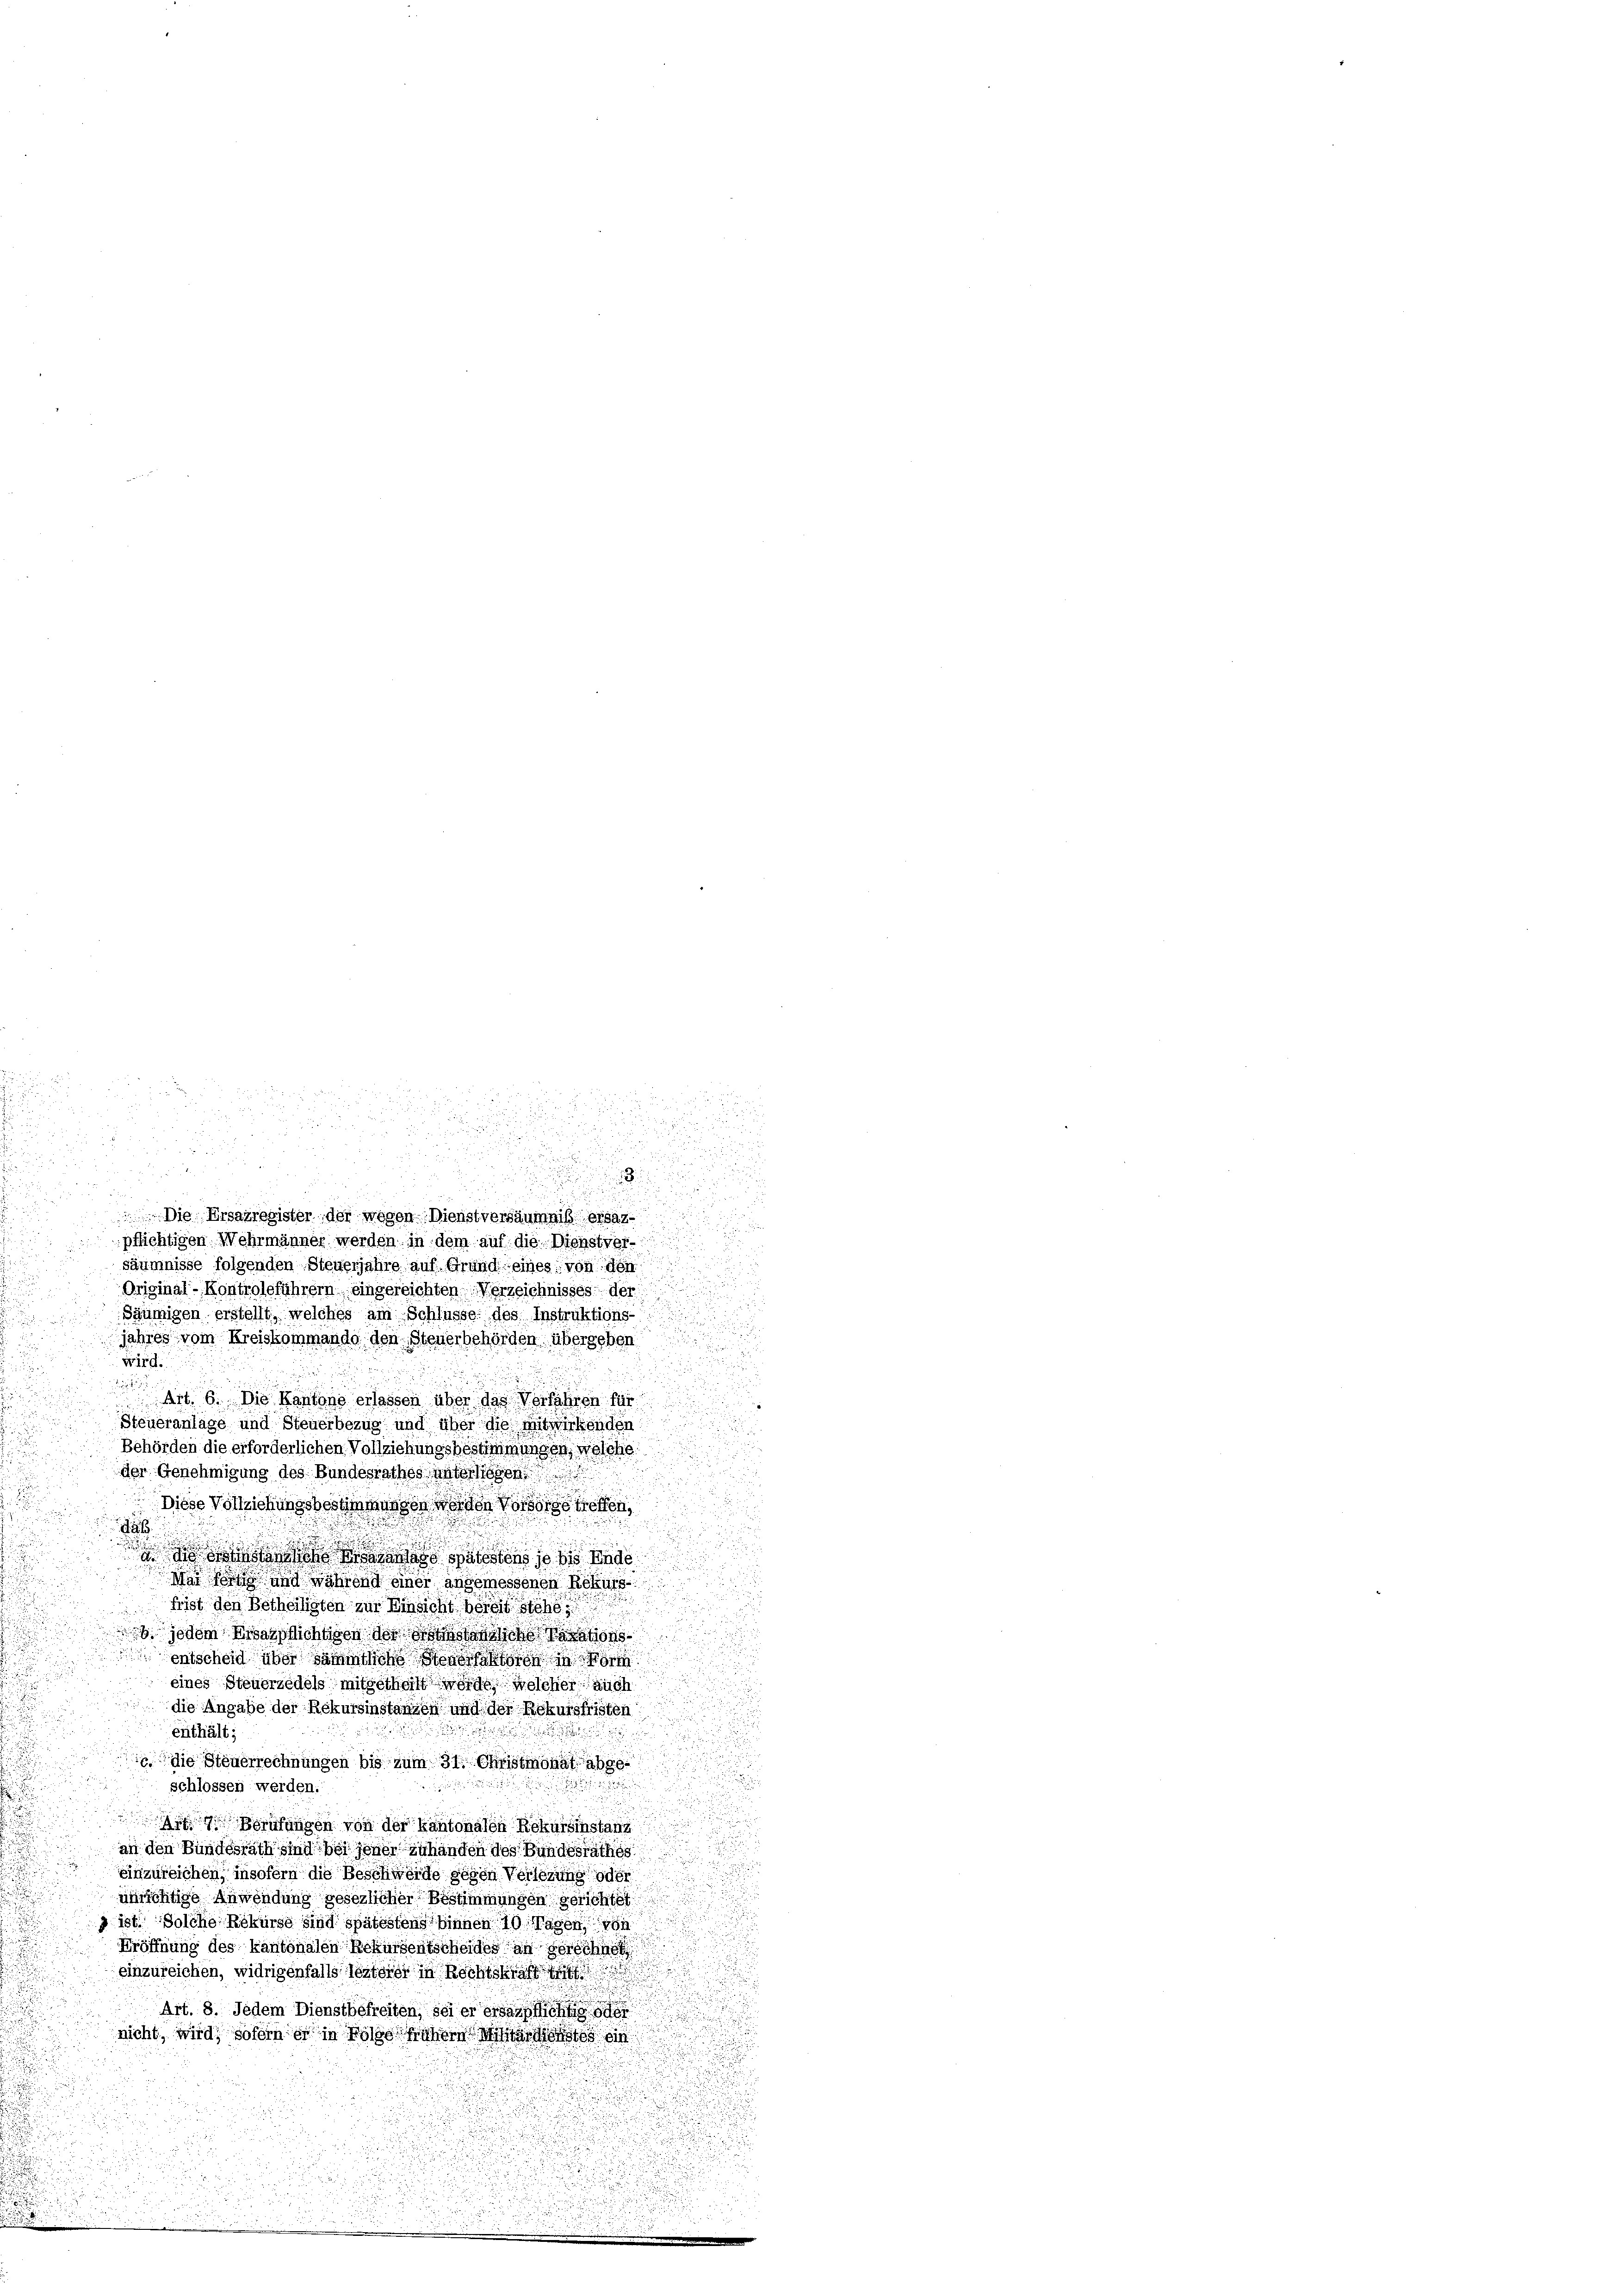
d
u

u
x

u
.
n
pflichtigen Wehrmänner werden in dem auf die Dienstver-
säumnisse folgenden Steuerjahre auf Grund eines von den
Original-Kontroleführern, eingereichten Verzeichnisses der
Säumigen erstellt, welches am Schlusse des Instruktions-
jahres vom Kreiskommando den Steuerbehörden übergeben.
wird.

Art. 6. Die Kantone erlassen über das Verfahren für
Steueranlage und Steuerbezug und über die mitwirkenden
u
Behörden die erforderlichen Vollziehungsbestimmungen, welche
und d
der Genehmigung des Bundesrathes unterliegen
Diese Vollziehungsbestimmungen werden Vorsorgetreffen,
a

 a atten so bis Ende
d  und während einer angemessenen Rekurs
Frist den Betheiligten zur Einsicht bereit stehe
 jedem Was sichtigen des sich
entscheid über sämmtliche Stege faktor
eines Steuerzedels mitgetheilt worde, welcher auch
die Angabe der Rekursinstanzen und der Rekursfristen
Enthält;
die Steuerrechnungen bis zum 31. Christmonat abge¬
u
schlossen werden.
119 Berufungen von der kantonalen Rekursinstand
an den Bundesrath sind bei jener Zuhanden des Bundesräthes
einzureichen, insofern die Beschweide gegen Verlesung oder
enrichtige Anwendung gesezlicher Bestimmungen gerichtet
9 ist. Solche Rekurse sind spätestens binnen 10 Tagen von
Eröffnung des kantonalen Rekursentscheides an gerechnet
einzureichen, widrigenfalls lezterer in Rechtskraft de
Art. 8. Jedem Dienstbefreiten, sei er sich
nicht, wird, sofern es in 1910 ihre Mitar

i
u

s
 Die Ersatregister der wegen Dienstversäumniß ersag¬